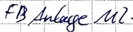
Text: FB Anlage M2